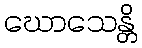
ဃောသေန္တိ